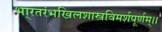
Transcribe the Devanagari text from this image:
भा्रतरंभखिलशास्त्रविमर्शपूर्णम्।।